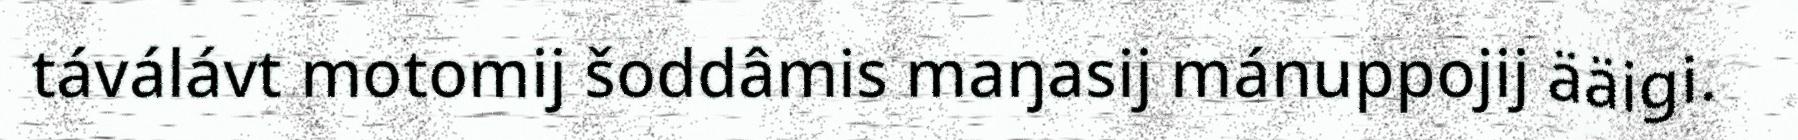
táválávt motomij šoddâmis maŋasij mánuppojij ääigi.